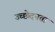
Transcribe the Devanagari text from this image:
उच्छेदनता